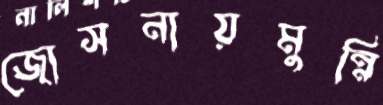
জোসনায়মুন্নি